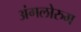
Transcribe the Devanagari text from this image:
अंगलोरुम